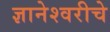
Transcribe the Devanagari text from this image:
ज्ञानेश्‍वरीचे